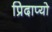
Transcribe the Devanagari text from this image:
प्रिदाप्यो